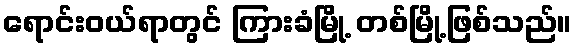
ရောင်းဝယ်ရာတွင် ကြားခံမြို့ တစ်မြို့ဖြစ်သည်။